Report on vaccination in the Province of Bengal - 1874-1889
Year: 1874
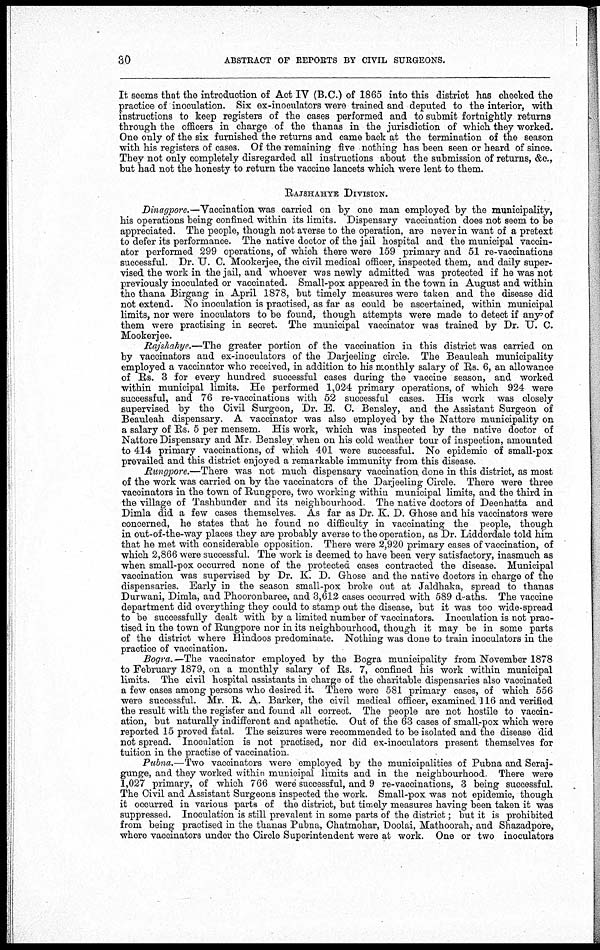
30
ABSTRACT OF REPORTS BY CIVIL SURGEONS.
It seems that the introduction of Act IV (B.C.) of 1865 into this district has checked the
practice of inoculation. Six ex-inoculators were trained and deputed to the interior, with
instructions to keep registers of the cases performed and to submit fortnightly returns
through the officers in charge of the thanas in the jurisdiction of which they worked.
One only of the six furnished the returns and came back at the termination of the season
with his registers of cases. Of the remaining five nothing has been seen or heard of since.
They not only completely disregarded all instructions about the submission of returns, &c.,
but had not the honesty to return the vaccine lancets which were lent to them.
RAJSHAHYE DIVISION.
Dinagpore.—Vaccination was carried on by one man employed by the municipality,
his operations being confined within its limits. Dispensary vaccination does not seem to be
appreciated. The people, though not averse to the operation, are never in want of a pretext
to defer its performance. The native doctor of the jail hospital and the municipal vaccin-
ator performed 299 operations, of which there were 159 primary and 51 re-vaccinations
successful. Dr. U. C. Mookerjee, the civil medical officer, inspected them, and daily super-
vised the work in the jail, and whoever was newly admitted was protected if he was not
previously inoculated or vaccinated. Small-pox appeared in the town in August and within
the thana Birgang in April 1878, but timely measures were taken and the disease did
not extend. No inoculation is practised, as far as could be ascertained, within municipal
limits, nor were inoculators to be found, though attempts were made to detect if any of
them were practising in secret. The municipal vaccinator was trained by Dr. U. C.
Mookerjee.
Rajshahye.—The greater portion of the vaccination in this district was carried on
by vaccinators and ex-inoculators of the Darjeeling circle. The Beauleah municipality
employed a vaccinator who received, in addition to his monthly salary of Rs. 6, an allowance
of Rs. 3 for every hundred successful cases during the vaccine season, and worked
within municipal limits. He performed 1,024 primary operations, of which 924 were
successful, and 76 re-vaccinations with 52 successful cases. His work was closely
supervised by the Civil Surgeon, Dr. E. C. Bensley, and the Assistant Surgeon of
Beauleah dispensary. A vaccinator was also employed by the Nattore municipality on
a salary of Rs. 5 per mensem. His work, which was inspected by the native doctor of
Nattore Dispensary and Mr Bensley when on his cold weather tour of inspection, amounted
to 414 primary vaccinations, of which 401 were successful. No epidemic of small-pox
prevailed and this district enjoyed a remarkable immunity from this disease.
Rungpore.—There was not much dispensary vaccination done in this district, as most
of the work was carried on by the vaccinators of the Darjeeling Circle. There were three
vaccinators in the town of Rungpore, two working within municipal limits, and the third in
the village of Tashbunder and its neighbourhood. The native doctors of Deenhatta and
Dimla did a few cases themselves. As far as Dr. K. D. Ghose and his vaccinators were
concerned, he states that he found no difficulty in vaccinating the people, though
in out-of-the-way places they are probably averse to the operation, as Dr. Lidderdale told him
that he met with considerable opposition. There were 2,920 primary cases of vaccination, of
which 2,866 were successful. The work is deemed to have been very satisfactory, inasmuch as
when small-pox occurred none of the protected cases contracted the disease. Municipal
vaccination was supervised by Dr. K. D. Ghose and the native doctors in charge of the
dispensaries. Early in the season small-pox broke out at Jaldhaka, spread to thanas
Durwani, Dimla, and Phooronbaree, and 3,612 cases occurred with 589 deaths. The vaccine
department did everything they could to stamp out the disease, but it was too wide-spread
to be successfully dealt with by a limited number of vaccinators. Inoculation is not prac-
tised in the town of Rungpore nor in its neighbourhood, though it may be in some parts
of the district where Hindoos predominate. Nothing was done to train inoculators in the
practice of vaccination.
Bogra.—The vaccinator employed by the Bogra municipality from November 1878
to February 1879, on a monthly salary of Rs. 7, confined his work within municipal
limits. The civil hospital assistants in charge of the charitable dispensaries also vaccinated
a few cases among persons who desired it. There were 581 primary cases, of which 556
were successful. Mr. R. A. Barker, the civil medical officer, examined 116 and verified
the result with the register and found all correct. The people are not hostile to vaccin-
ation, but naturally indifferent and apathetic. Out of the 63 cases of small-pox which were
reported 15 proved fatal. The seizures were recommended to be isolated and the disease did
not spread. Inoculation is not practised, nor did ex-inoculators present themselves for
tuition in the practise of vaccination.
Pubna.—Two vaccinators were employed by the municipalities of Pubna and Seraj-
gunge, and they worked within municipal limits and in the neighbourhood. There were
1,027 primary, of which 766 were successful, and 9 re-vaccinations, 3 being successful.
The Civil and Assistant Surgeons inspected the work. Small-pox was not epidemic, though
it occurred in various parts of the district, but timely measures having been taken it was
suppressed. Inoculation is still prevalent in some parts of the district; but it is prohibited
from being practised in the thanas Pubna, Chatmohar, Doolai, Mathoorah, and Shazadpore,
where vaccinators under the Circle Superintendent were at work. One or two inoculators